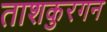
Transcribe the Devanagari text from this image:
ताशकुरगन